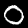
Digit: 0